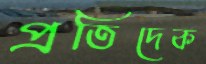
প্রতিদেক